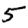
Digit: 5